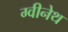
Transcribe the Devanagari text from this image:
ग्वीनेथ